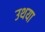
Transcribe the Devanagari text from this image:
उथया